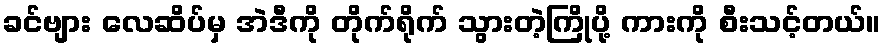
ခင်ဗျား လေဆိပ်မှ အဲဒီကို တိုက်ရိုက် သွားတဲ့ကြိုပို့ ကားကို စီးသင့်တယ်။